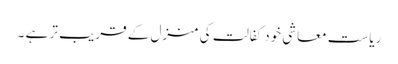
ریاست معاشی خود کفالت کی منزل کے قریب تر ہے ۔